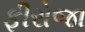
ફીરોજા